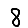
Digit: 8